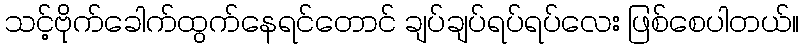
သင့်ဗိုက်ခေါက်ထွက်နေရင်တောင် ချပ်ချပ်ရပ်ရပ်လေး ဖြစ်စေပါတယ်။